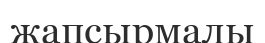
жапсырмалы